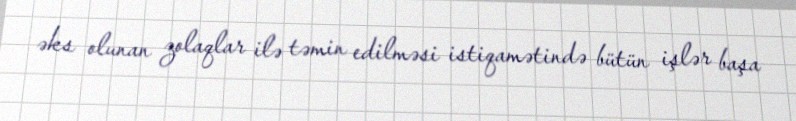
əks olunan zolaqlar ilə təmin edilməsi istiqamətində bütün işlər başa